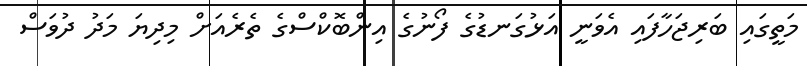
މަތީގައި ބަރިޖަހާފައި އެވަނީ އަޅުގަނޑުގެ ފޯނުގެ އިންބޮކްސްގެ ތެރެއަށް މިދިޔަ މަދު ދުވަސް